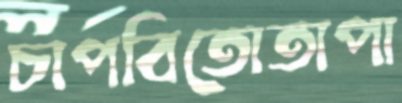
চাপবিতোতাপা